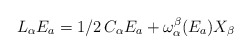
\begin{align*}L_\alpha E_a = 1/2 \, C_\alpha E_a + {\omega_\alpha^\beta} (E_a)X_\beta\end{align*}